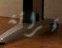
قرائة